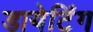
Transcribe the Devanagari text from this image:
डायेटिंग